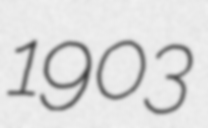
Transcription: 1903